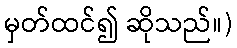
မှတ်ထင်၍ ဆိုသည်။)